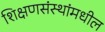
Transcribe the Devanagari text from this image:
शिक्षणसंस्थांमधील